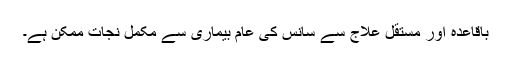
باقاعدہ اور مستقل علاج سے سانس کی عام بیماری سے مکمل نجات ممکن ہے۔